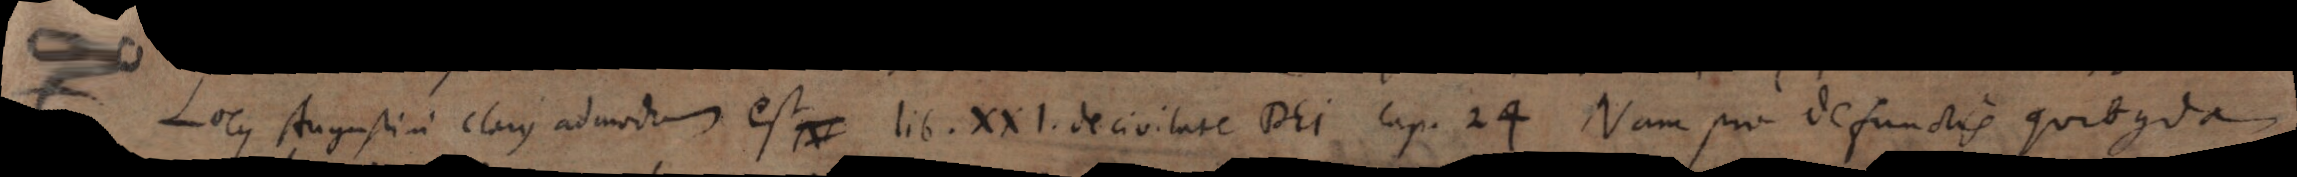
_ Locus Augustini clarus admodum est lib. XXI. De civitate Dei cap. 24. Nam pro defunctis quibusdam